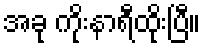
အခု ကိုးနာရီထိုးပြီ။